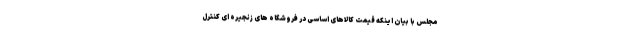
مجلس با بیان اینکه قیمت کالاهای اساسی در فروشگاه های زنجیره ای کنترل